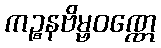
ကဉ္စနဗိမ္ဗဝဏ္ဏေ